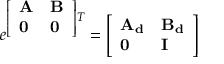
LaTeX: e ^ { { \left[ \begin{array} { l l } { \mathbf { A } } & { \mathbf { B } } \\ { \mathbf { 0 } } & { \mathbf { 0 } } \end{array} \right] } T } = { \left[ \begin{array} { l l } { \mathbf { A _ { d } } } & { \mathbf { B _ { d } } } \\ { \mathbf { 0 } } & { \mathbf { I } } \end{array} \right] }